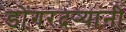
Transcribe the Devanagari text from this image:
डोंगरदर्‍यांनी